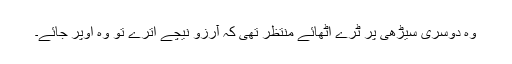
وہ دوسری سیڑھی پر ٹرے اٹھائے منتظر تھی کہ آرزو نیچے اترے تو وہ اوپر جائے۔